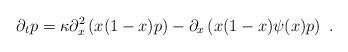
LaTeX: \begin{align*}\partial_tp=\kappa\partial_x^2\left(x(1-x)p\right)-\partial_x\left(x(1-x)\psi(x)p\right)\ .\end{align*}